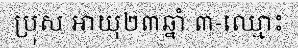
ប្រុស អាយុ២៣ឆ្នាំ ៣-ឈ្មោះ